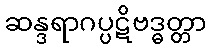
ဆန္ဒရာဂပ္ပဋိဗဒ္ဓတ္တာ